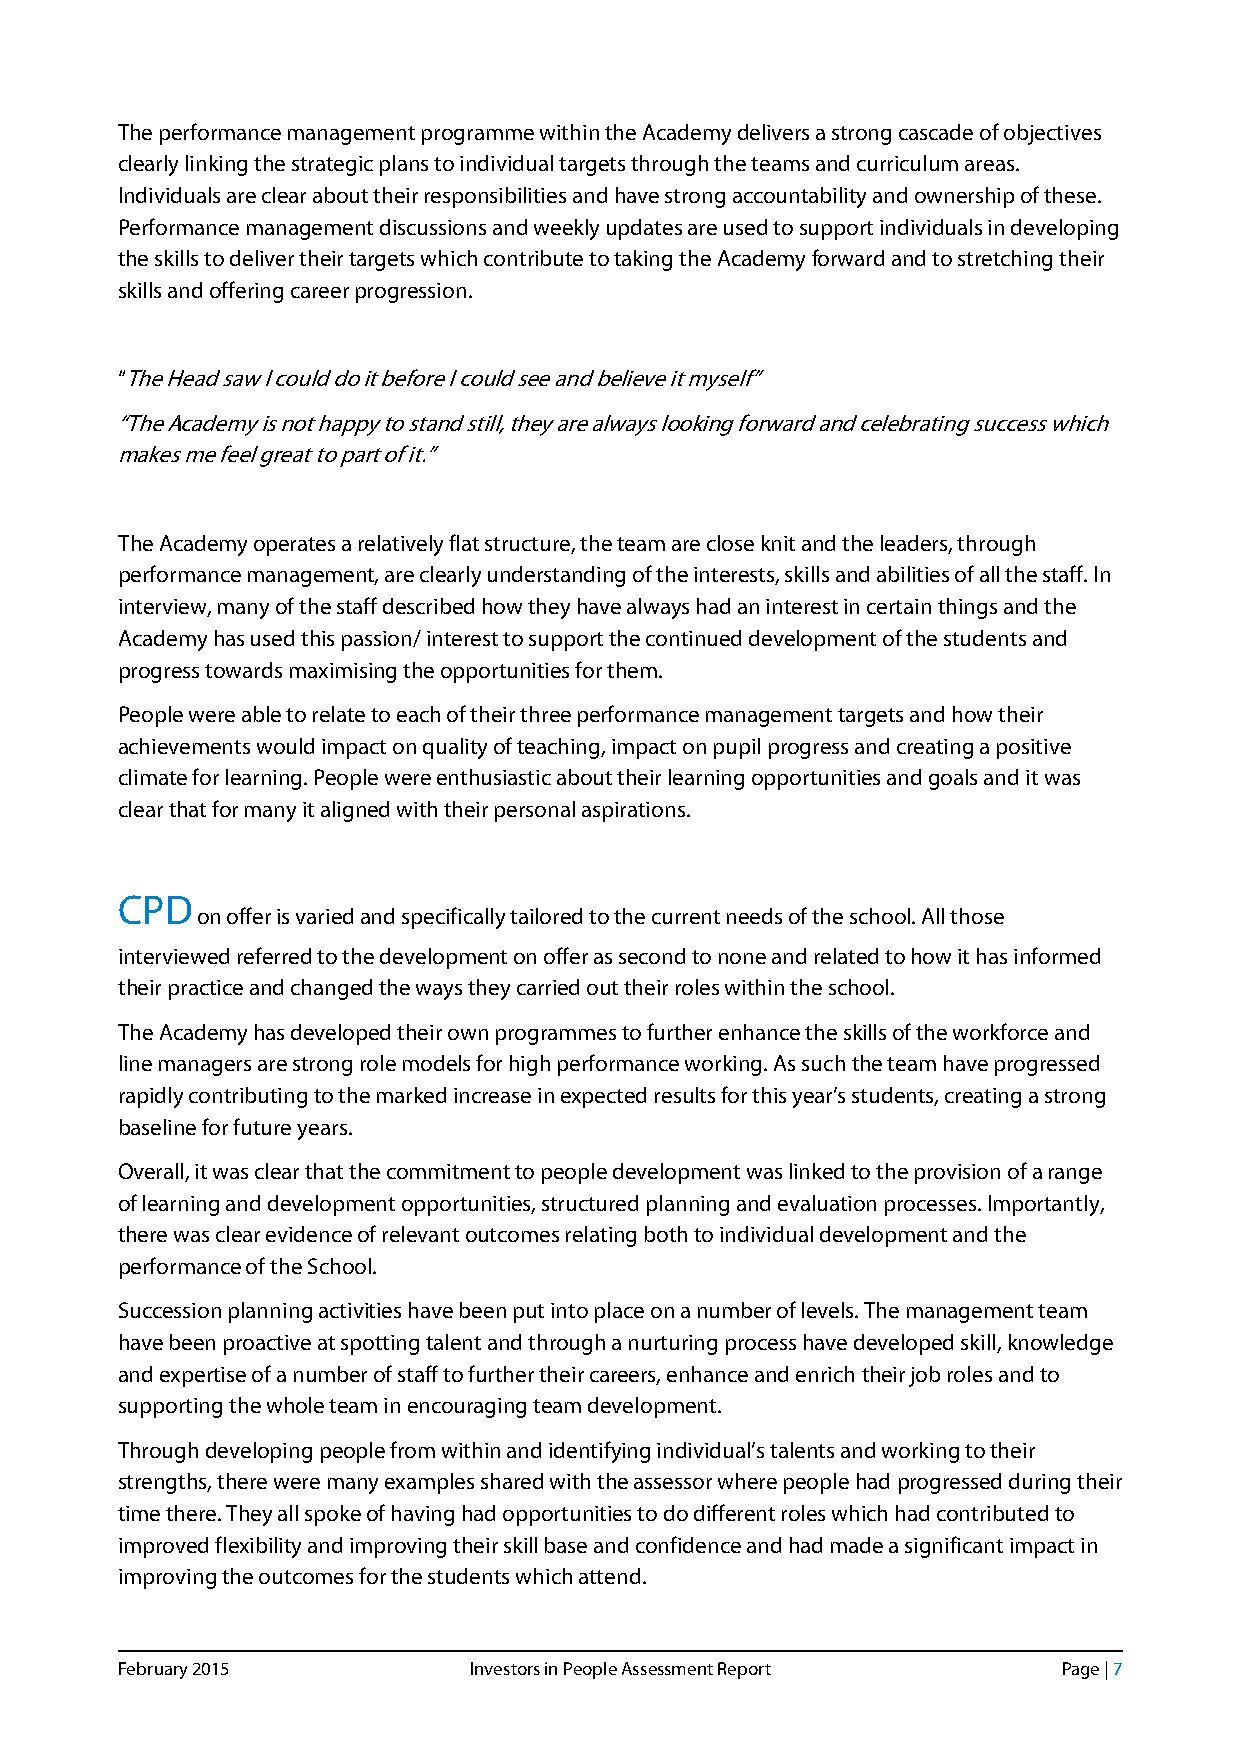
The performance management programme within the Academy delivers a strong cascade of objectives
 clearly linking the strategic plans to individual targets through the teams and curriculum areas.
 Individuals are clear about their responsibilities and have strong accountability and ownership of these.
 Performance management discussions and weekly updates are used to support individuals in developing
 the skills to deliver their targets which contribute to taking the Academy forward and to stretching their
 skills and offering career progression.
 “The Head saw I could do it before I could see and believe it myself”
 “The Academy is not happy to stand still, they are always looking forward and celebrating success which
 makes me feel great to part of it.”
 The Academy operates a relatively flat structure, the team are close knit and the leaders, through
 performance management, are clearly understanding of the interests, skills and abilities of all the staff. In
 interview, many of the staff described how they have always had an interest in certain things and the
 Academy has used this passion/ interest to support the continued development of the students and
 progress towards maximising the opportunities for them.
 People were able to relate to each of their three performance management targets and how their
 achievements would impact on quality of teaching, impact on pupil progress and creating a positive
 climate for learning. People were enthusiastic about their learning opportunities and goals and it was
 clear that for many it aligned with their personal aspirations.
 CPD
 on offer is varied and specifically tailored to the current needs of the school. All those
 interviewed referred to the development on offer as second to none and related to how it has informed
 their practice and changed the ways they carried out their roles within the school.
 The Academy has developed their own programmes to further enhance the skills of the workforce and
 line managers are strong role models for high performance working. As such the team have progressed
 rapidly contributing to the marked increase in expected results for this year’s students, creating a strong
 baseline for future years.
 Overall, it was clear that the commitment to people development was linked to the provision of a range
 of learning and development opportunities, structured planning and evaluation processes. Importantly,
 there was clear evidence of relevant outcomes relating both to individual development and the
 performance of the School.
 Succession planning activities have been put into place on a number of levels. The management team
 have been proactive at spotting talent and through a nurturing process have developed skill, knowledge
 and expertise of a number of staff to further their careers, enhance and enrich their job roles and to
 supporting the whole team in encouraging team development.
 Through developing people from within and identifying individual’s talents and working to their
 strengths, there were many examples shared with the assessor where people had progressed during their
 time there. They all spoke of having had opportunities to do different roles which had contributed to
 improved flexibility and improving their skill base and confidence and had made a significant impact in
 improving the outcomes for the students which attend.
 February 2015          Investors in People Assessment Report  Page | 7